Report of the Indian Hemp Drugs Commission, 1894-1895 - Volume I
Year: 1894
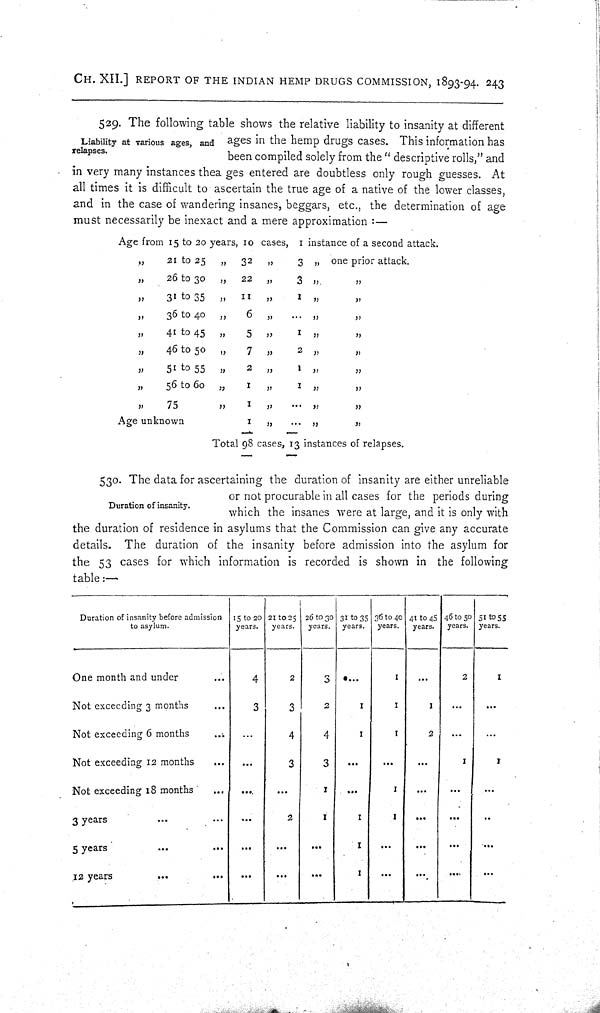
CH. XII.] REPORT OF THE INDIAN HEMP DRUGS COMMISSION, 1893-94. 243
Liability at various ages, and
relapses.
529. The following table shows the relative liability to insanity at different
ages in the hemp drugs cases. This information has
been compiled solely from the "descriptive rolls," and
in very many instances thea ges entered are doubtless only rough guesses. At
all times it is difficult to ascertain the true age of a native of the lower classes,
and in the case of wandering insanes, beggars, etc., the determination of age
must necessarily be inexact and a mere approximation:—
Age from 15 to 20 years, 10 cases, 1 instance of a second attack.
"
21 to 25
"
32 "
3 " one prior attack.
"
26 to 30
"
22 "
3 "
"
"
31 to 35
"
11 "
1
"
"
"
36 to 40 "
6 "
"
"
"
41 to 45 "
5 "
1 "
"
"
46 to 50
"
7 "
2
"
"
"
51 to 55
"
2 "
1 "
"
"
56 to 60 "
1 "
1
"
"
"
75
"
1 "
"
"
Age unknown
1 "
"
"
Total 98 cases, 13 instances of relapses.
Duration of insanity.
530. The data for ascertaining the duration of insanity are either unreliable
or not procurable in all cases for the periods during
which the insanes were at large, and it is only with
the duration of residence in asylums that the Commission can give any accurate
details. The duration of the insanity before admission into the asylum for
the 53 cases for which information is recorded is shown in the following
table:—
Duration of insanity before admission
to asyl um.
15 to 20
years.
21 to 25
years.
26 to 30
years.
31 to 35
years.
36 to 40
years.
41 to 45
years.
46 to 50
years.
51 to 55
years.
One month and under
4
2
3
1
2
1
Not exceeding 3 months
3
3
2
1
1
1
Not exceeding 6 months
4
4
1
1
2
Not exceeding 12 months
3
3
1
1
Not exceeding 18 months
1
1
3 years
2
1
1
1
5 years
1
12 years
1